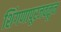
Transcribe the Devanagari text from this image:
शिंगणापूरजवळून